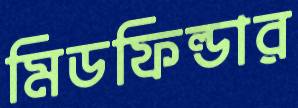
মিডফিল্ডার